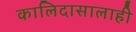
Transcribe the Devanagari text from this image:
कालिदासालाही